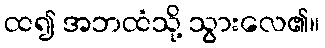
ထ၍ အဘထံသို့ သွားလေ၏။